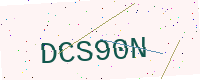
Text: DCS90N